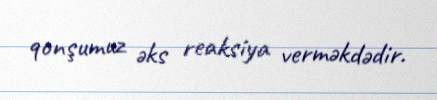
qonşumuz əks reaksiya verməkdədir.